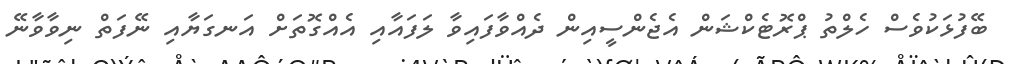
ބޭފުޅަކުވެސް ހެލްތު ޕްރޮޓެކްޝަން އެޖެންސީއިން ދެއްވާފައިވާ ލަފައާއި އެއްގޮތަށް އަނގަޔާއި ނޭފަތް ނިވާވާނޭ